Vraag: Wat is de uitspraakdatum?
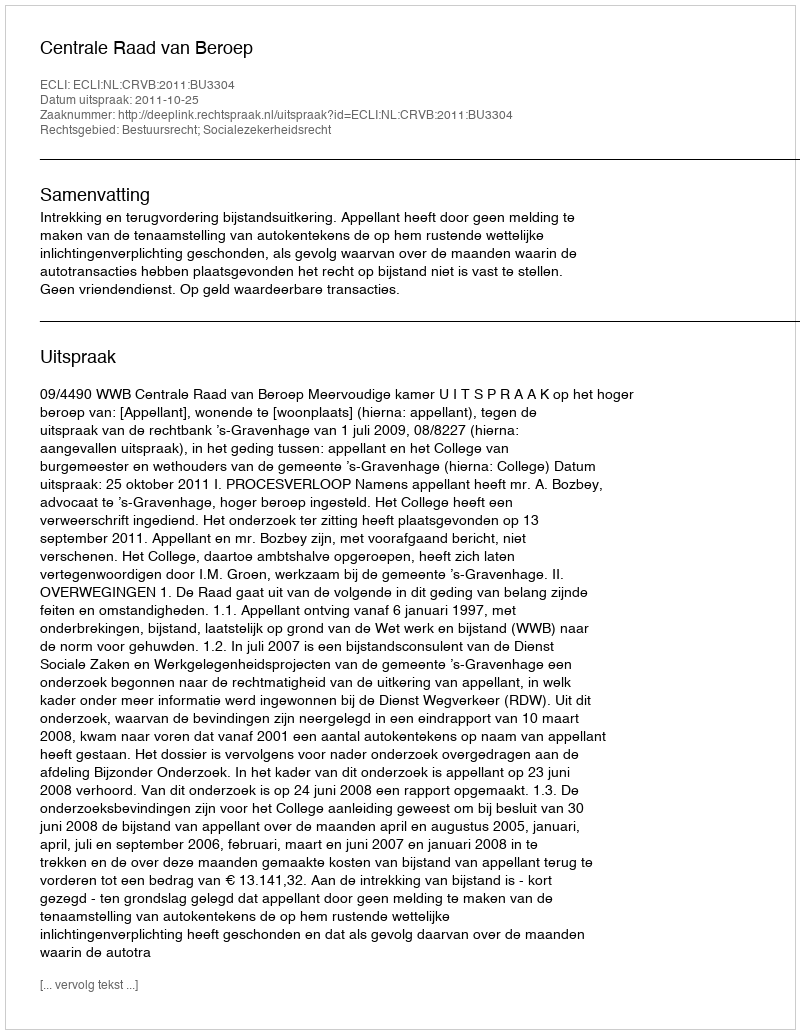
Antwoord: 2011-10-25